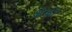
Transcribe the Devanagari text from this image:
क्षेको